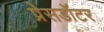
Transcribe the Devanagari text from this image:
प्रेसडॉटर